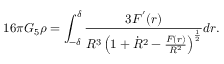
1 6 \pi G _ { 5 } \rho = \int _ { - \delta } ^ { \delta } \frac { 3 F ^ { ' } ( r ) } { R ^ { 3 } \left( 1 + \dot { R } ^ { 2 } - \frac { F ( r ) } { R ^ { 2 } } \right) ^ { \frac { 1 } { 2 } } } d r .